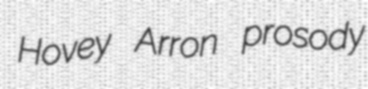
Hovey Arron prosody